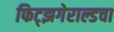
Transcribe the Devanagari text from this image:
फिट्झगेराल्डचा